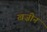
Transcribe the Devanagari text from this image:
खज़ीन